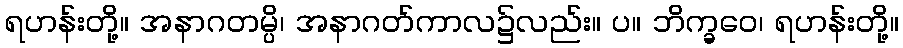
ရဟန်းတို့။ အနာဂတမ္ပိ၊ အနာဂတ်ကာလ၌လည်း။ ပ။ ဘိက္ခဝေ၊ ရဟန်းတို့။